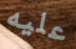
عليه